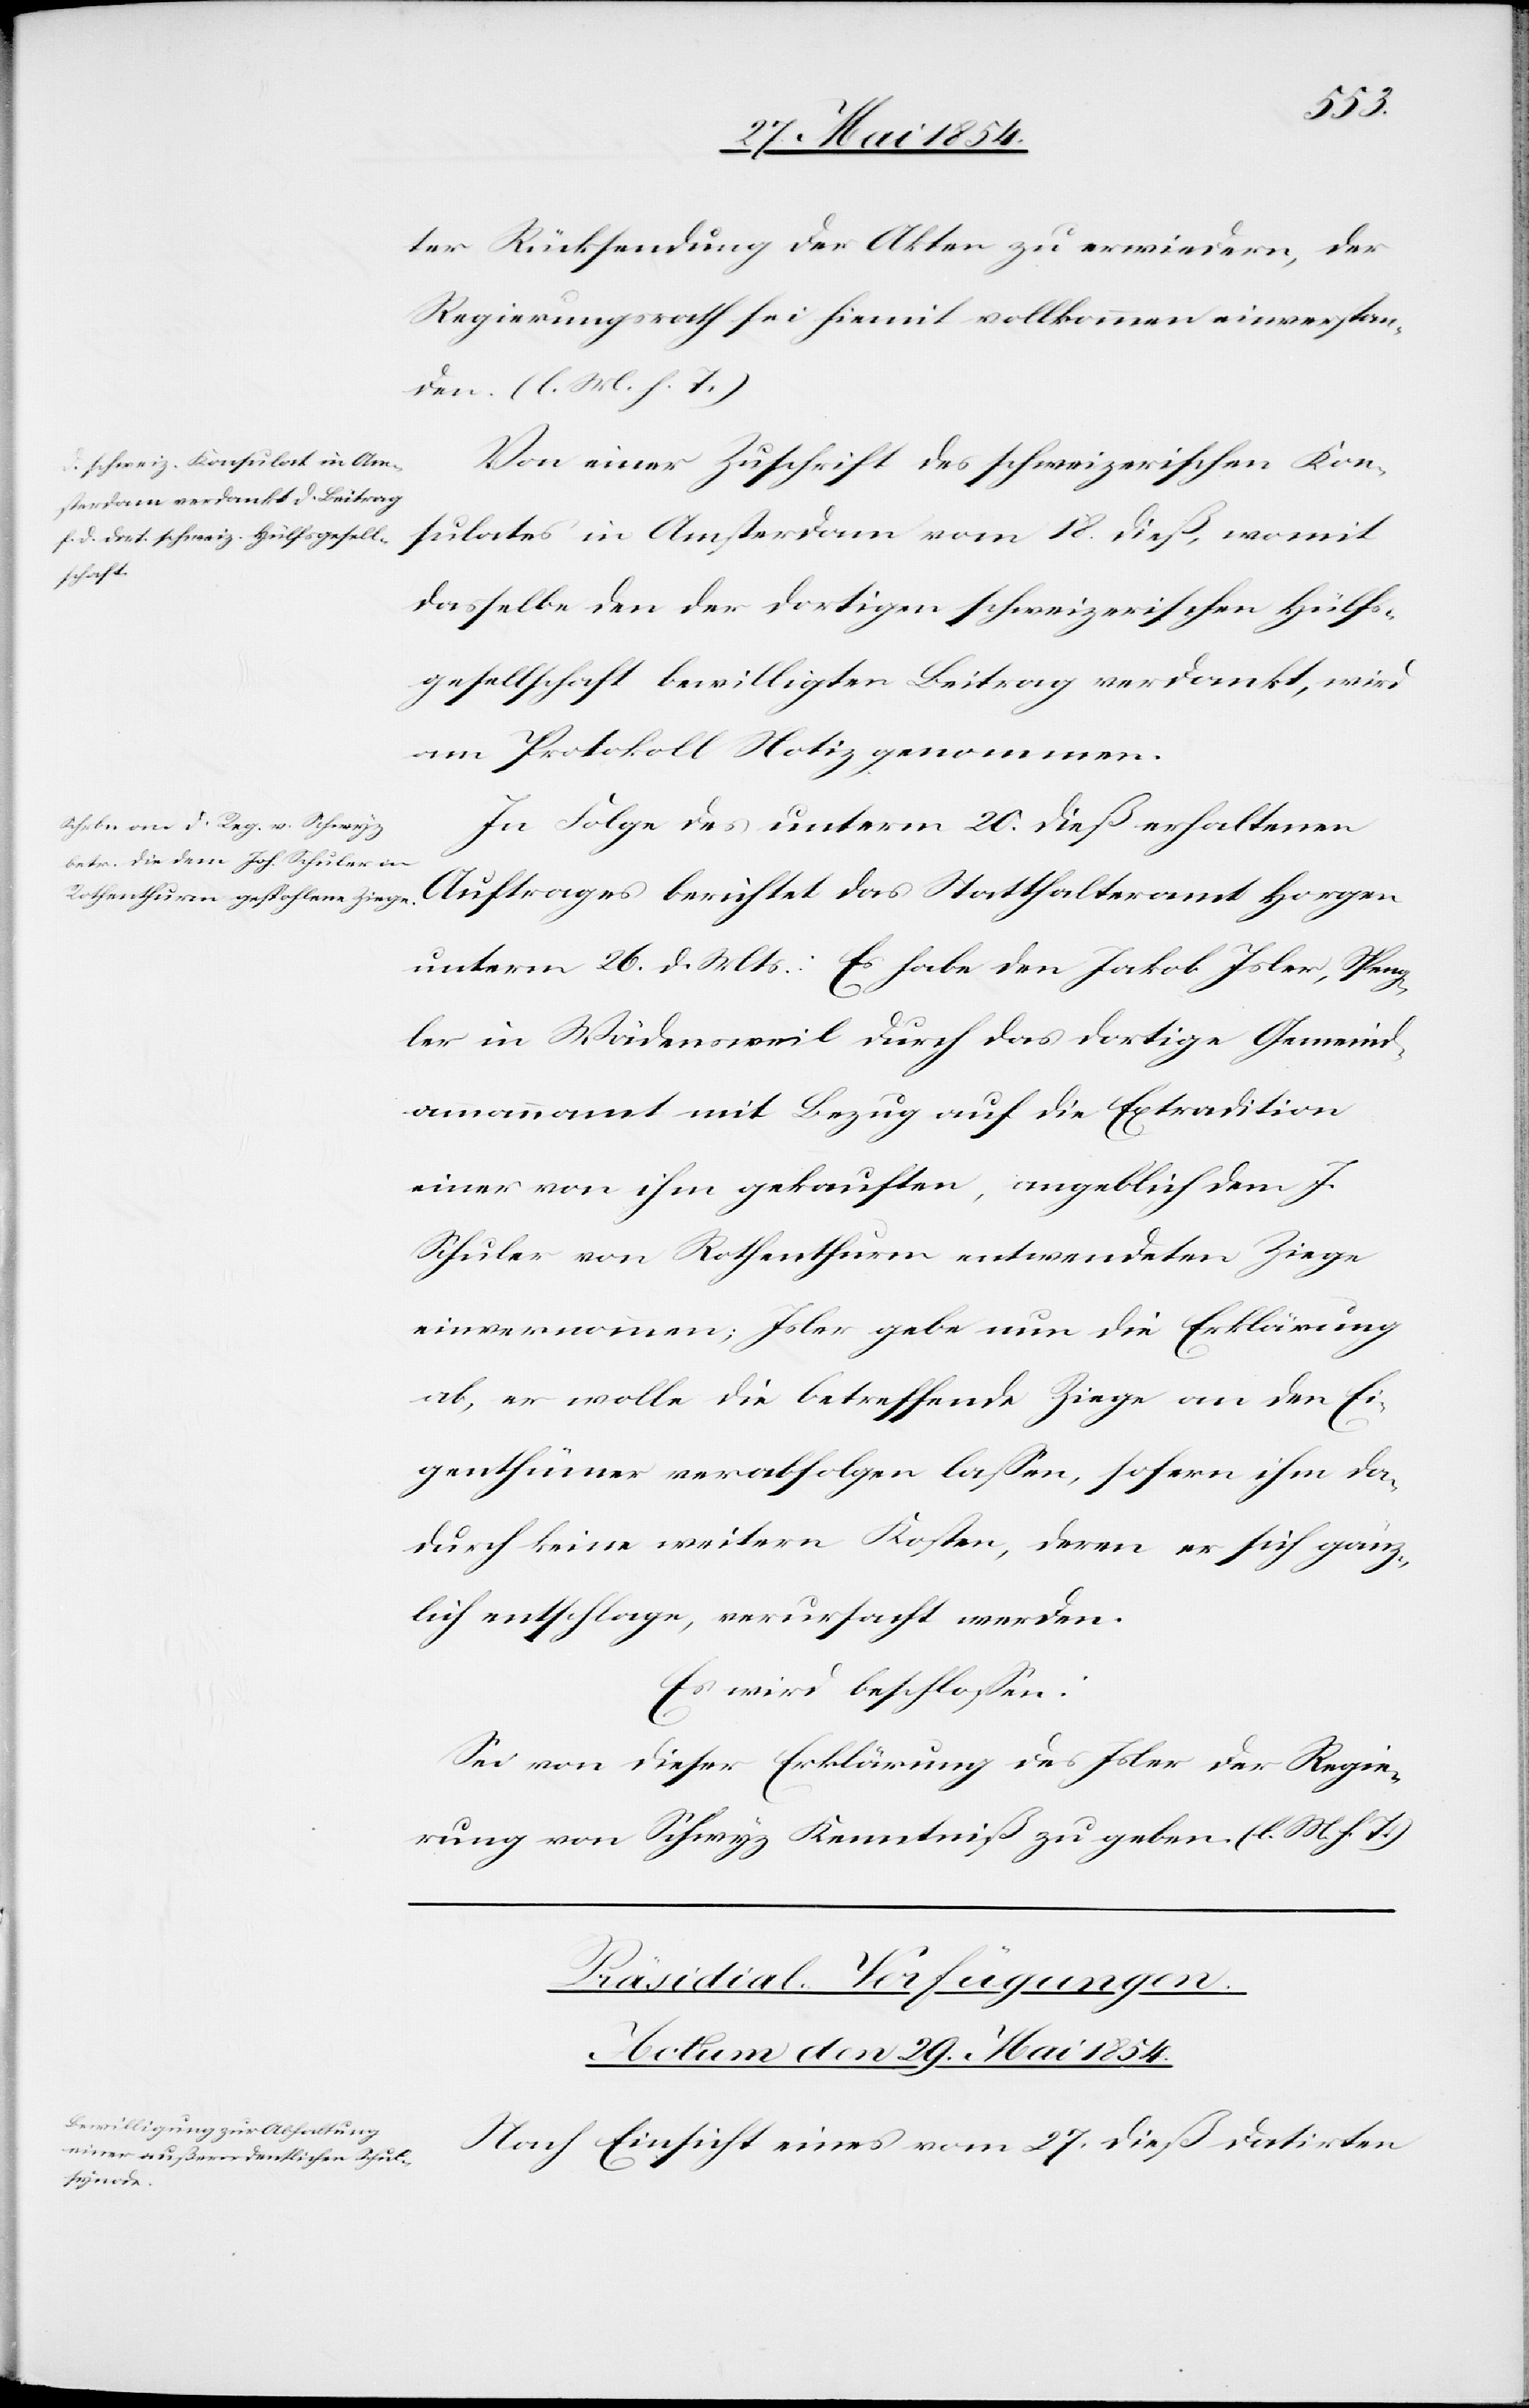
ter Rücksendung der Akten zu erwiedern, der
Regierungsrath sei hiemit vollkommen einverstan¬
den. (l. M. h. T.)
Von einer Zuschrift des schweizerischen Kon¬
sulates in Amsterdam vom 18. dieß, womit
dasselbe den der dortigen schweizerischen Hülfs¬
gesellschaft bewilligten Beitrag verdankt, wird
am Protokoll Notiz genommen.
In Folge des unterm 20. dieß erhaltenen
Auftrages berichtet das Statthalteramt Horgen
unterm 26. d. Mts.: Es habe den Jakob Isler, Speng¬
ler in Wädensweil durch das dortige Gemeind¬
ammannamt mit Bezug auf die Extradition
einer von ihm gekauften, angeblich dem J.
Schuler von Rothenthurm entwendeten Ziege
einvernommen; Isler gebe nun die Erklärung
ab, er wolle die betreffende Ziege an den Ei¬
genthümer verabfolgen laßen, sofern ihm da¬
durch keine weitern Kosten, deren er sich gänz¬
lich entschlage, verursacht werden.
Es wird beschloßen:
Sei von dieser Erklärung des Isler der Regie¬
rung von Schwyz Kenntniß zu geben. (l. M. h. T.)
Präsidial-Verfügungen.
Actum den 29. Mai 1854.
Nach Einsicht eines vom 27. dieß datirten